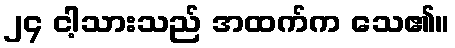
၂၄ ငါ့သားသည် အထက်က သေ၏။